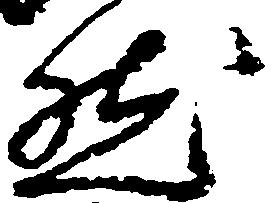
然